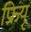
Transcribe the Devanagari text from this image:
फ्रियू